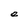
Character: e